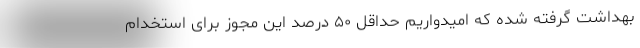
بهداشت گرفته شده که امیدواریم حداقل ۵۰ درصد این مجوز برای استخدام